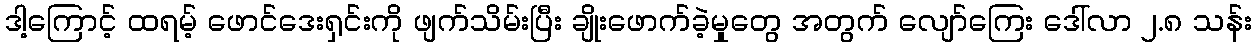
ဒါ့ကြောင့် ထရမ့် ဖောင်ဒေးရှင်းကို ဖျက်သိမ်းပြီး ချိုးဖောက်ခဲ့မှုတွေ အတွက် လျော်ကြေး ဒေါ်လာ ၂.၈ သန်း